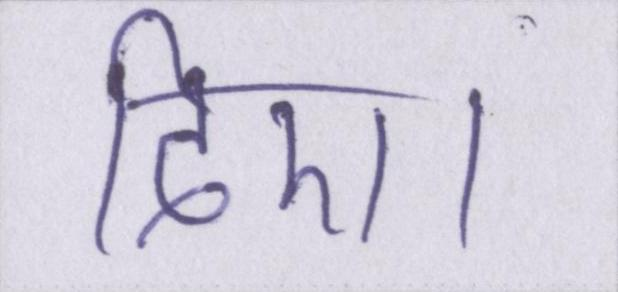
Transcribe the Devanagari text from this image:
दिए।